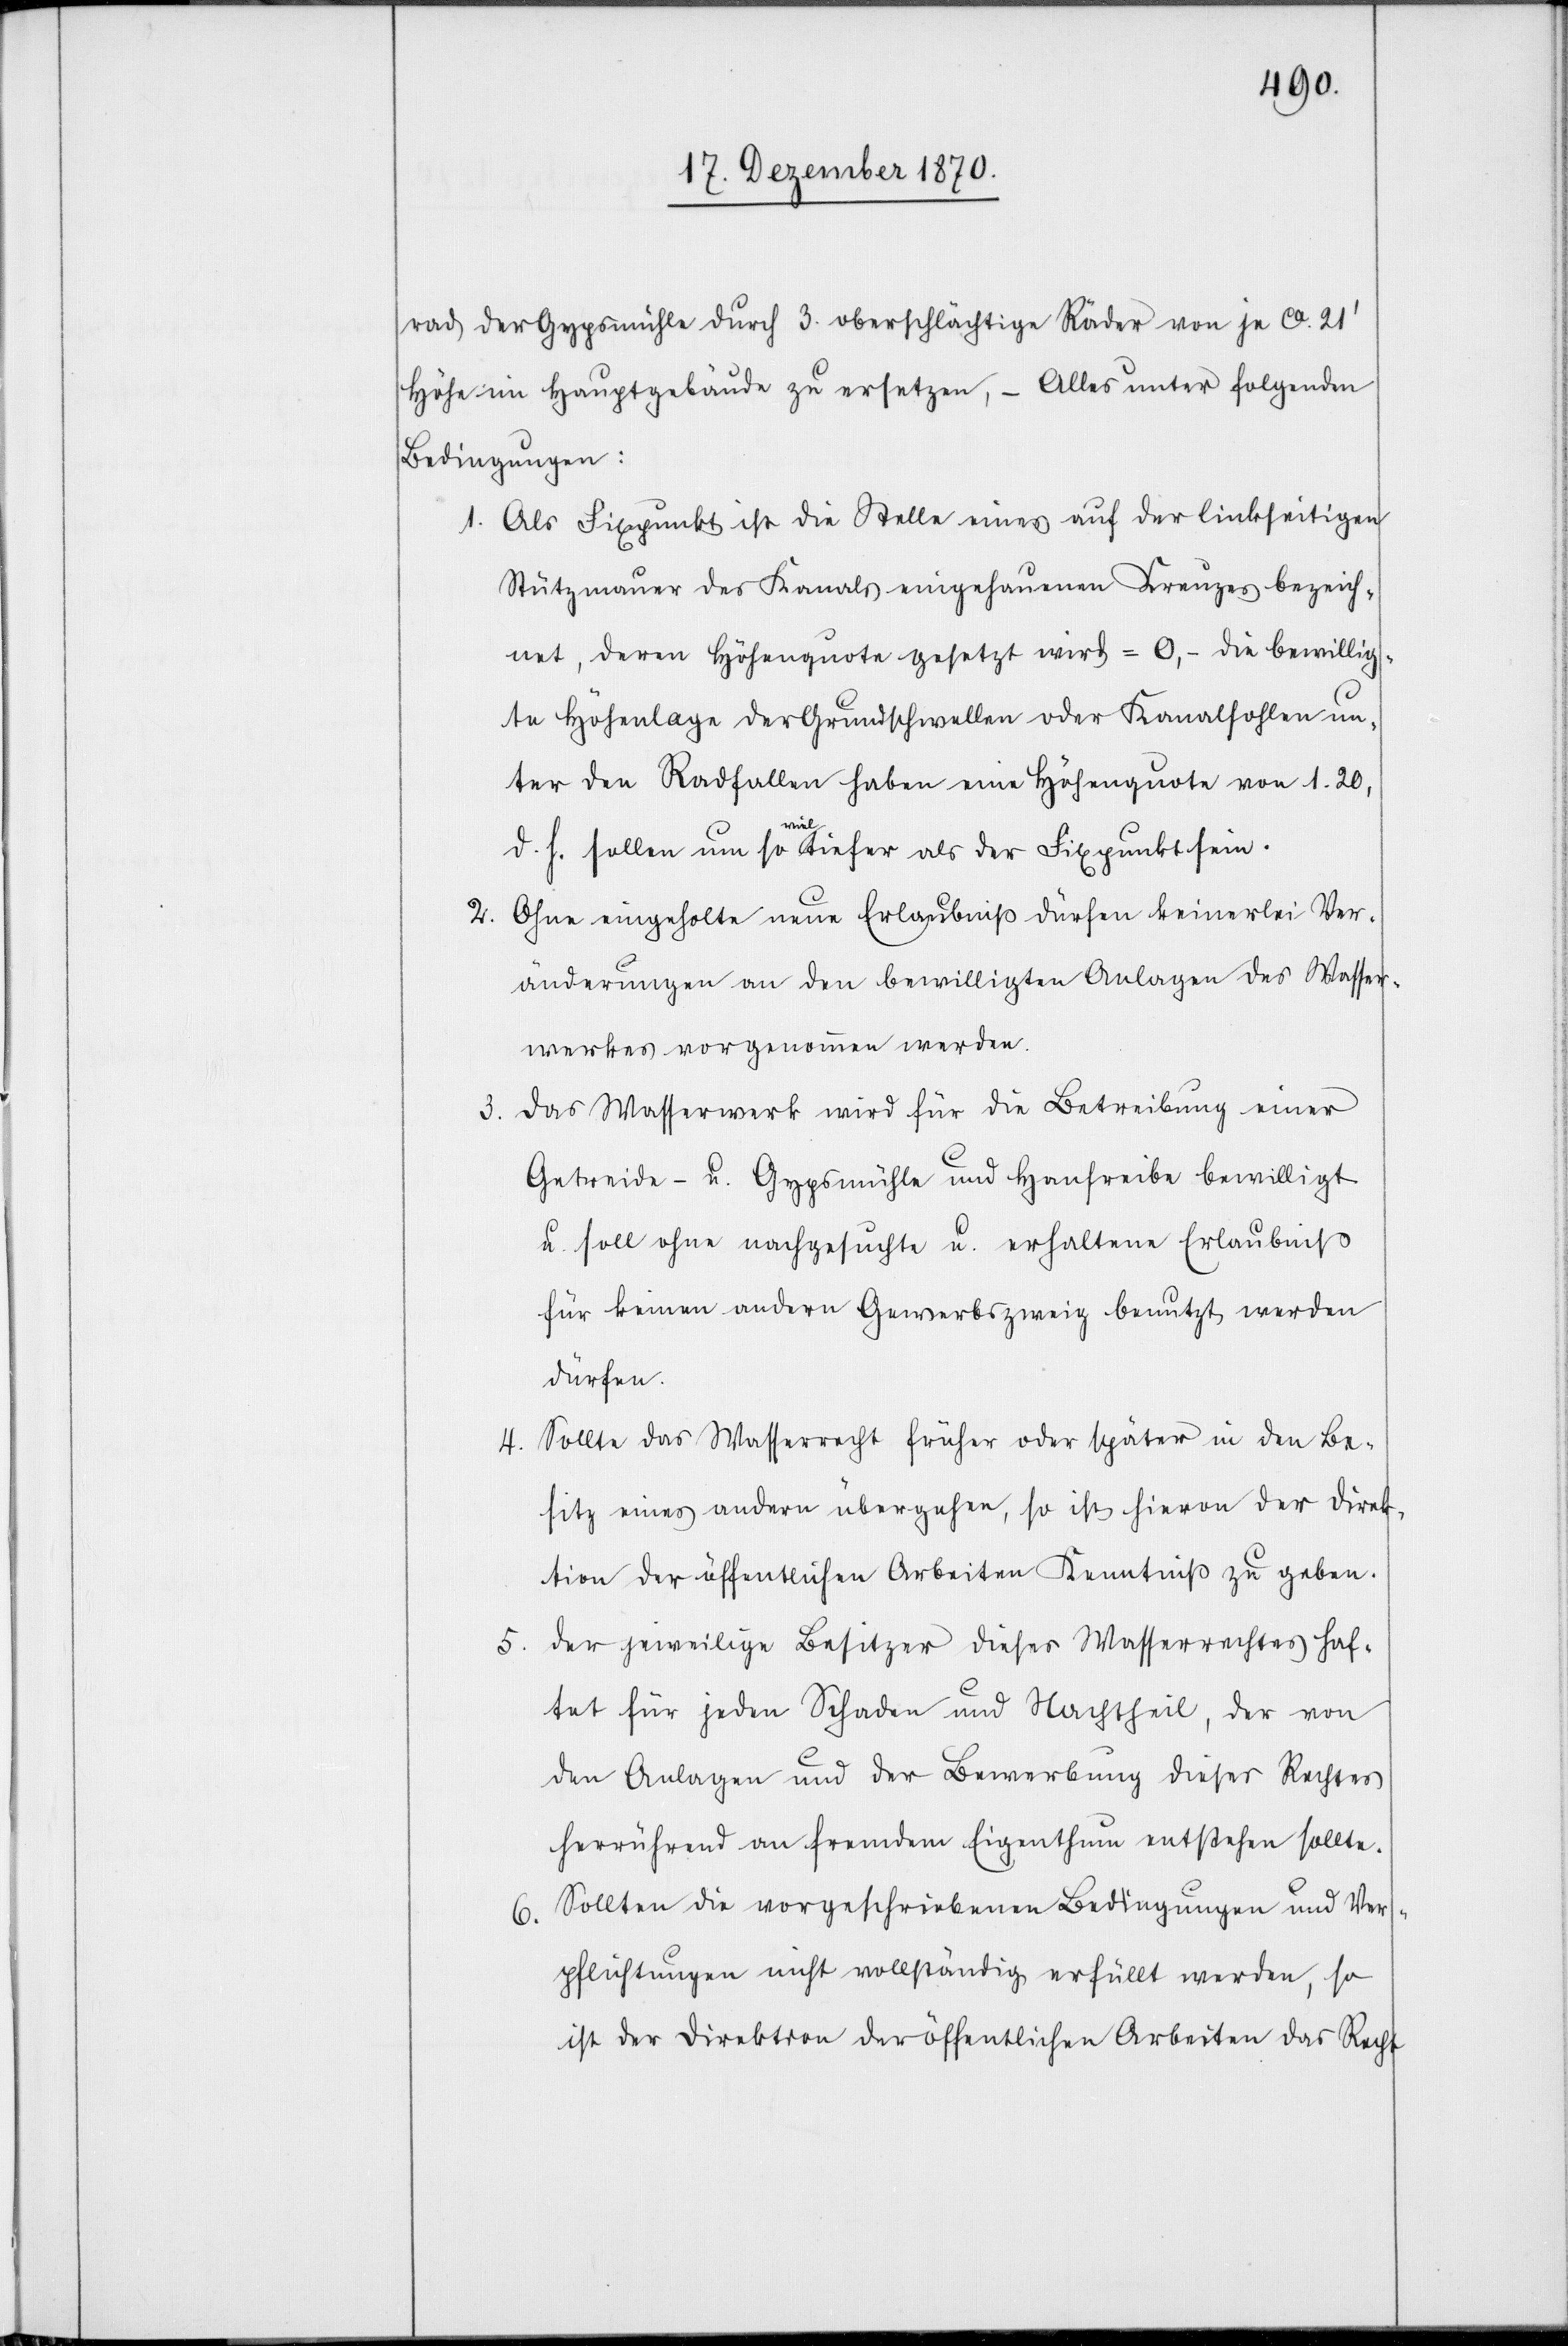
rad der Gypsmühle durch 3. oberschlächtige Räder von je ca. 21’
Höhe im Hauptgebäude zu ersetzen, – Alles unter folgenden
Bedingungen:
Als Fixpunkt ist die Stelle eines auf der linkseitigen
1.
Stützmauer des Kanals eingehauenen Kreuzes bezeich¬
net, deren Höhenquote gesetzt wird = 0, – die bewillig¬
te Höhenlage der Grundschwellen oder Kanalsohlen un¬
ter den Radfallen haben eine Höhenquote von 1.20,
d. h. sollen um so viel tiefer als der Fixpunkt sein.
2. Ohne eingeholte neue Erlaubniß dürfen keinerlei Ver¬
änderungen an den bewilligten Anlagen des Wasser¬
werkes vorgenommen werden.
3. Das Wasserwerk wird für die Betreibung einer
Getreide- u. Gypsmühle und Hanfreibe bewilligt
u. soll ohne nachgesuchte u. erhaltene Erlaubniß
für keinen andern Gewerbszweig benutzt werden
dürfen.
4. Sollte das Wasserrecht früher oder später in den Be¬
sitz eines andern übergehen, so ist hievon der Direk¬
tion der öffentlichen Arbeiten Kenntniß zu geben.
5. Der jeweilige Besitzer dieses Wasserrechtes haf¬
tet für jeden Schaden und Nachtheil, der von
den Anlagen und der Bewerbung dieses Rechtes
herrührend an fremdem Eigenthum entstehen sollte.
Sollten die vorgeschriebenen Bedingungen und Ver¬
6.
pflichtungen nicht vollständig erfüllt werden, so
ist der Direktion der öffentlichen Arbeiten das Recht